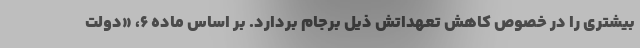
بیشتری را در خصوص کاهش تعهداتش ذیل برجام بردارد. بر اساس ماده ۶، «دولت